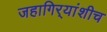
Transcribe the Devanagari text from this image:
जहागिर्‍यांशीच